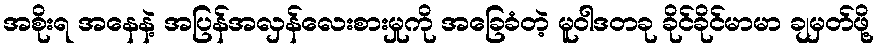
အစိုးရ အနေနဲ့ အပြန်အလှန်လေးစားမှုကို အခြေခံတဲ့ မူဝါဒတခု ခိုင်ခိုင်မာမာ ချမှတ်ဖို့